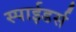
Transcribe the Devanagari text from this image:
स्पाईडर्स